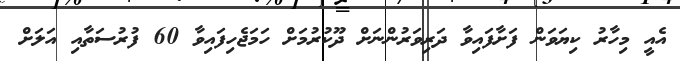
އެއީ މިހާރު ކިޔަވަން ފަށާފައިވާ ދަރިވަރުންނަށް ދޫކުރުމަށް ހަމަޖެހިފައިވާ 60 ފުރުސަތާއި އަލަށް